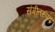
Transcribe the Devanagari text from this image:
संगीतरूपक